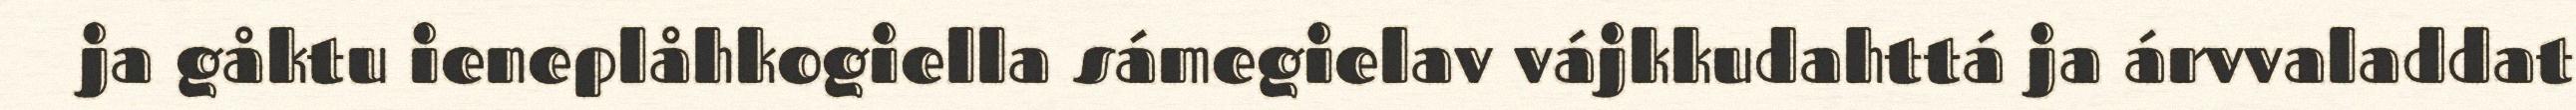
ja gåktu ieneplåhkogiella sámegielav vájkkudahttá ja árvvaladdat